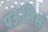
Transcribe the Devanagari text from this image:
पऊशिसं